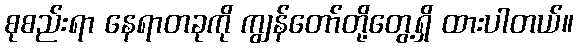
စုစည်းရာ နေရာတခုကို ကျွန်တော်တို့တွေ့ရှိ ထားပါတယ်။